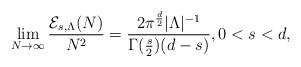
LaTeX: \begin{align*} \lim_{N\rightarrow \infty} \frac{\mathcal{E}_{s,\Lambda} (N)}{N^2}=\frac{2\pi^{\frac{d}{2}}|\Lambda|^{-1}}{\Gamma(\frac{s}{2})(d-s)}, 0<s<d, \end{align*}